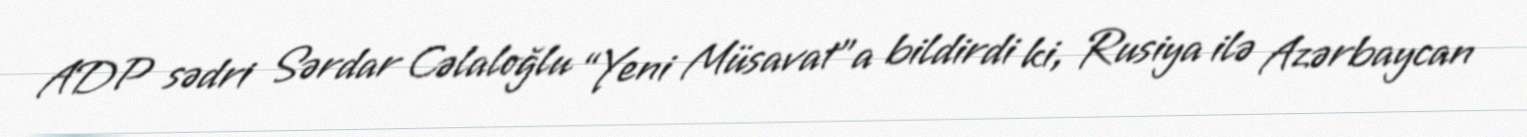
ADP sədri Sərdar Cəlaloğlu “Yeni Müsavat”a bildirdi ki, Rusiya ilə Azərbaycan